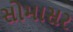
સોમાસર